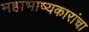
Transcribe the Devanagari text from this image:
महाभाष्यकारांचा